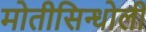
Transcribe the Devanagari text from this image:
मोतीसिन्धोली